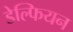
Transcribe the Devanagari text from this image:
डेल्फियन